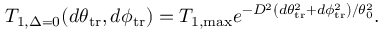
T _ { 1 , \Delta = 0 } ( d \theta _ { \mathrm { t r } } , d \phi _ { \mathrm { t r } } ) = T _ { 1 , \mathrm { m a x } } e ^ { - D ^ { 2 } \left( d \theta _ { \mathrm { t r } } ^ { 2 } + d \phi _ { \mathrm { t r } } ^ { 2 } \right) / \theta _ { 0 } ^ { 2 } } .